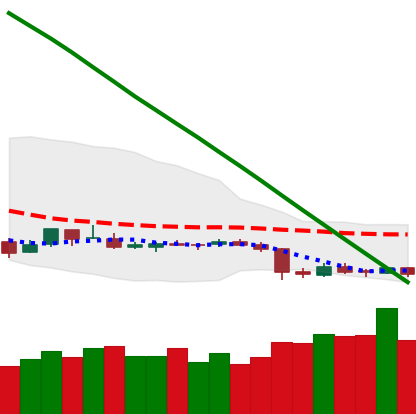
Ticker: ETC-USD
Chart end date: 2019-02-03
Forward return: 6.021%
Label: up_5_7